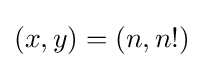
(x,y)=(n,n!)